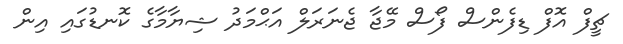
ޗީފް އޮފް ޑިފެންސް ފޯސް މޭޖާ ޖެނަރަލް އަޙްމަދު ޝިޔާމާގެ ކޮނޑުގައި އިން